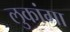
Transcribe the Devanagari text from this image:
लुकांगा